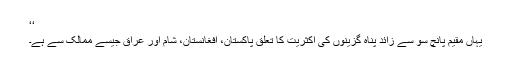
‘‘
یہاں مقیم پانچ سو سے زائد پناہ گزینوں کی اکثریت کا تعلق پاکستان، افغانستان، شام اور عراق جیسے ممالک سے ہے۔